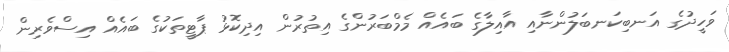
ވަހީދުގެ އަނބިކަނބަލުންނާއި އާއިލާގެ ބައެއް މެމްބަރުންގެ އިތުރުން އިދިކޮޅު ޕާޓީތަކުގެ ބައެއް އިސްވެރިން